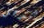
لندخل